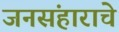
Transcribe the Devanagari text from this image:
जनसंहाराचे